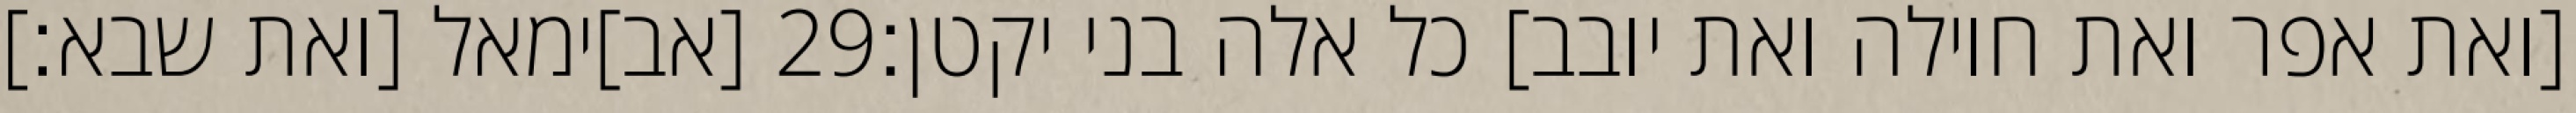
[אב]ימאל [ואת שבא׃] ‎29‏ [ואת אפר ואת חוילה ואת יובב] כל אלה בני יקטן׃